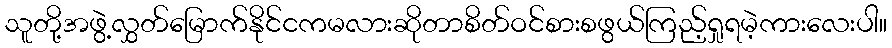
သူတို့အဖွဲ့လွှတ်မြောက်နိုင်ငကမလားဆိုတာစိတ်ဝင်စားစဖွယ်ကြည့်ရှုရမဲ့ကားလေးပါ။